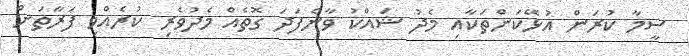
ސީމާ ކުރަން އުޅޭކަންތަކާއި މެދު ޝައްކު ވާނެފަދަ ގޮތެއް މެދުވެރި ކުރެއްވި ފަރާތަށް